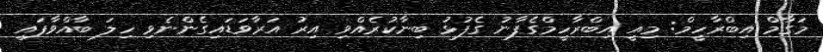
މަގާމް އިބްރާހީމް: މިއީ އިބްރާހީމްގެފާނު ގެފުޅު ބިނާކުރެއްވި އިރު އަރާވަޑައިގެންނެވި ހިލަ ބާއްވާފައި